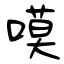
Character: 嗼